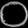
Digit: ၀